65_HS1-834228961_62-HQ-83894_Section_4
Agency: FBI
Page 131
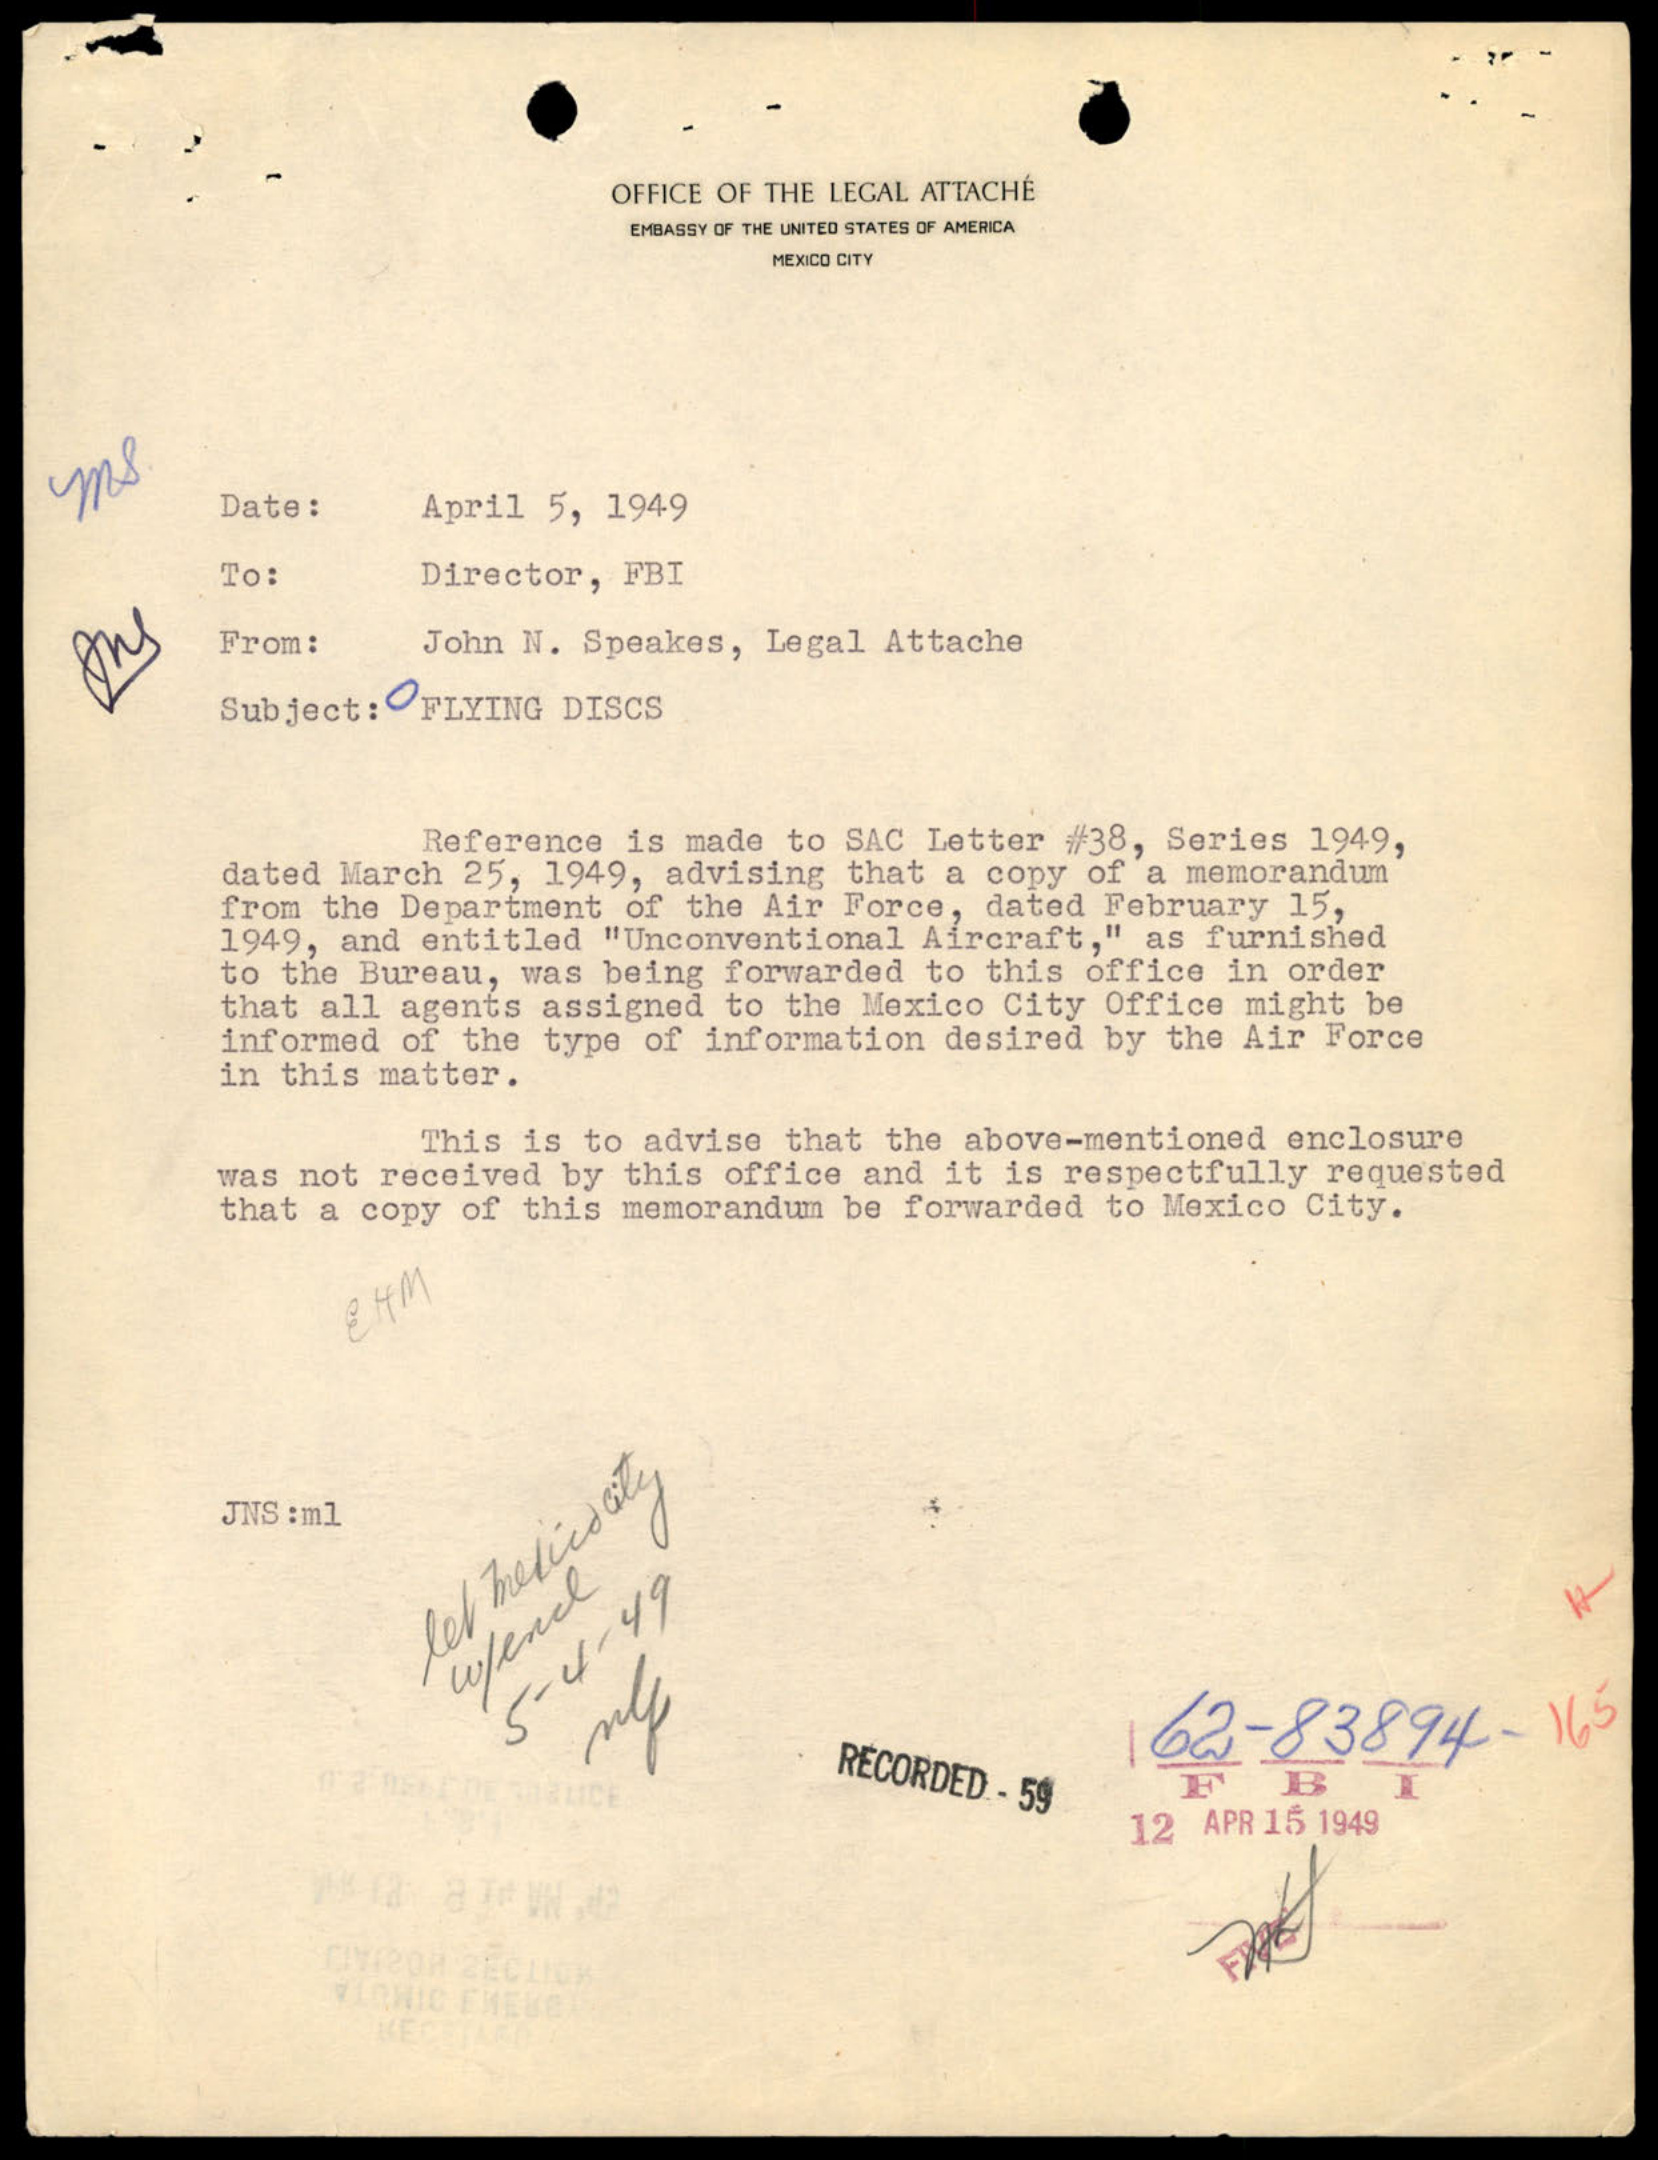